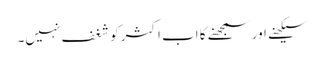
سیکھنے اور سمجھنے کا اب اکثر کو شغف نہیں۔